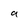
Character: a